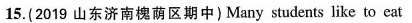
15.(2019 山东济南槐荫区期中)Many students like to eat